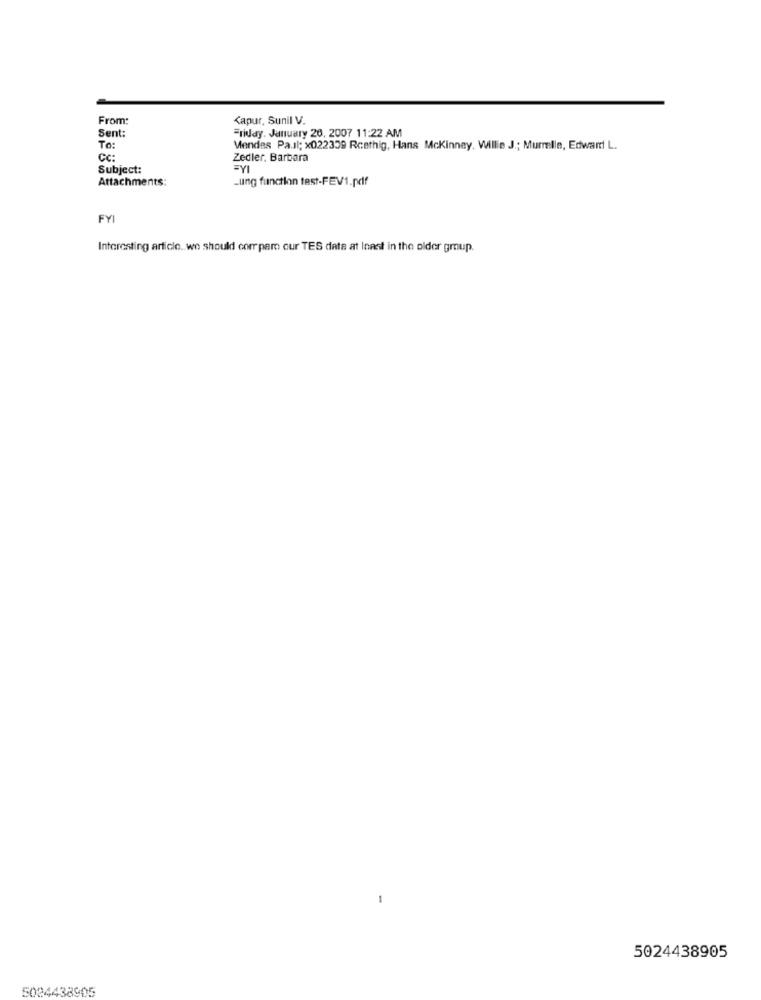
From:
Kapur. Sunil V.
Sent:
Friday, January 20, 2007 11:22 AM
To:
Mendes Pa.il; x022309 Rcethig, Hans Mckinney. Willie J .; Murmelle, Edward L.
CC:
Zedler, Barbara
Subject:
=YI
Attachments:
Lung function test-FEV1.pdf
FYI
Interesting article. we should com paro our TES data at Inast in the older group.
-
5024438905
5024438905